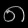
Digit: ၈